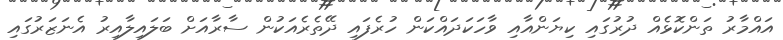
އައްމާރު ތަންކޮޅެއް ދުރުގައި ކިޔަންއާއި ވާހަކަދައްކަން ހުރެފައި ދޭތެރެއަކުން ސާރާއަށް ބަލައިލާއިރު އެނަޒަރުގައި